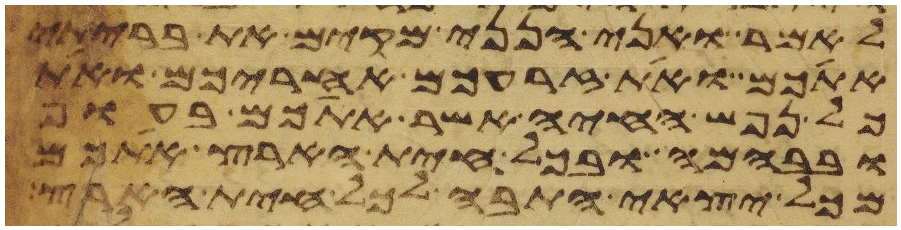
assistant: לאמר ואני הנני מקים את בריתי
אתכם ואת זרעכם אחריכם ואת
כל נפש החיה אשר אתכם בעוף
ובבהמה ובכל חית הארץ אתכם
מכל יצאי התבה לכל חית הארץ